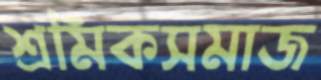
শ্রমিকসমাজ